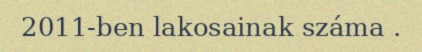
2011-ben lakosainak száma .